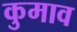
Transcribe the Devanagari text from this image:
कुमाव